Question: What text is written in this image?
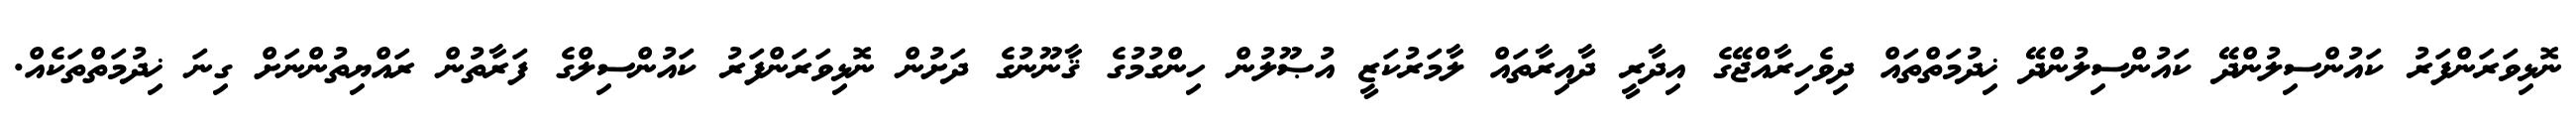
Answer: ނޮޅިވަރަންފަރު ކައުންސިލުންދޭ ކައުންސިލުންދޭ ޚިދުމަތްތައް ދިވެހިރާއްޖޭގެ އިދާރީ ދާއިރާތައް ލާމަރުކަޒީ އުޞޫލުން ހިންގުމުގެ ޤާނޫނުގެ ދަށުން ނޮޅިވަރަންފަރު ކައުންސިލްގެ ފަރާތުން ރައްޔިތުންނަށް ގިނަ ޚިދުމަތްތަކެއް.